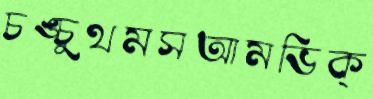
চঙ্চুথমসআমভিক্